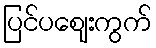
ပြင်ပဈေးကွက်